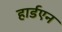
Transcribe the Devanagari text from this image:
हार्डएन